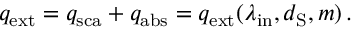
\begin{array} { r } { q _ { \mathrm { e x t } } = q _ { \mathrm { s c a } } + q _ { \mathrm { a b s } } = q _ { \mathrm { e x t } } ( \lambda _ { \mathrm { i n } } , d _ { \mathrm { S } } , m ) \, . } \end{array}